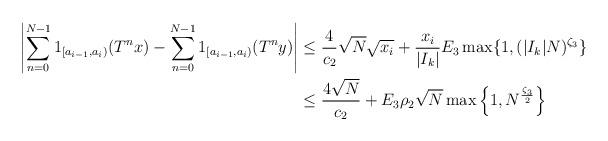
LaTeX: \begin{align*}\left| \sum_{n=0}^{N-1} 1_{[a_{i-1},a_i)} (T^n x) - \sum_{n=0}^{N-1} 1_{[a_{i-1},a_i)} (T^n y) \right|&\le\frac{4}{c_2} \sqrt{N} \sqrt{x_i} + \frac{x_i}{|I_k|} E_3 \max \{1, (|I_k| N)^{\zeta_3} \}\\&\le\frac{4 \sqrt{N}}{c_2}+E_3 \rho_2 \sqrt{N}\max \left\{ 1, N^{\frac{\zeta_3}2} \right\}\end{align*}